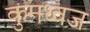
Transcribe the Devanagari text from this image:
कुमध्वज